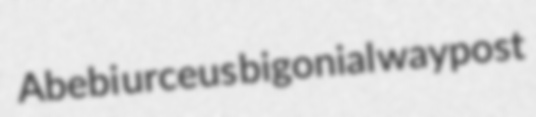
Abebi urceus bigonial waypost